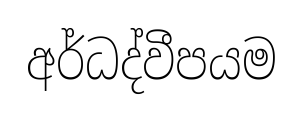
අර්ධද්වීපයම